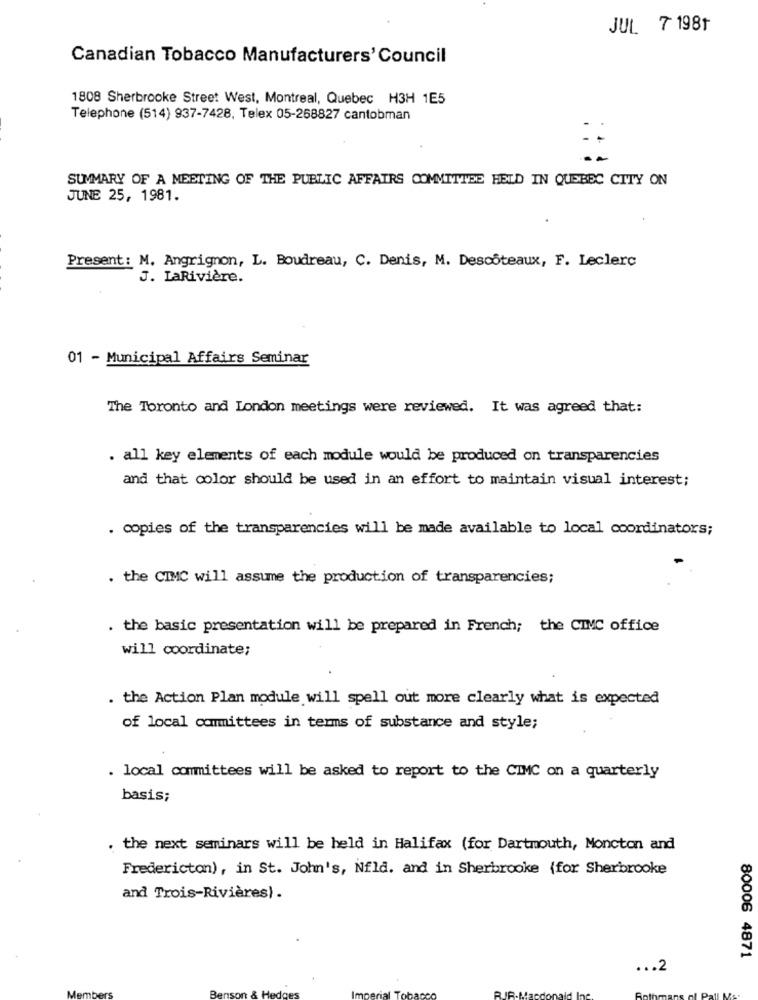
JUL 7 1981
Canadian Tobacco Manufacturers' Council
1808 Sherbrooke Street West, Montreal, Quebec H3H 1E5
Telephone (514) 937-7428, Telex 05-268827 cantobman
SUMMARY OF A MEETING OF THE PUBLIC AFFAIRS COMMITTEE HELD IN QUEBEC CITY ON
JUNE 25, 1981.
Present: M. Angrignon, L. Boudreau, C. Denis, M. Descôteaux, F. Leclerc
J. LaRivière.
01 - Municipal Affairs Seminar
The Toronto and London meetings were reviewed. It was agreed that:
. all key elements of each module would be produced on transparencies
and that color should be used in an effort to maintain visual interest;
. copies of the transparencies will be made available to local coordinators;
. the CIMC will assume the production of transparencies;
. the basic presentation will be prepared in French; the CIMC office
will coordinate;
. the Action Plan module will spell out more clearly what is expected
of local committees in terms of substance and style;
. local committees will be asked to report to the CIMC on a quarterly
basis;
. the next seminars will be held in Halifax (for Dartmouth, Moncton and
Fredericton), in St. John's, Nfld. and in Sherbrooke {for Sherbrooke
and Trois-Rivières).
80006 4871
... 2